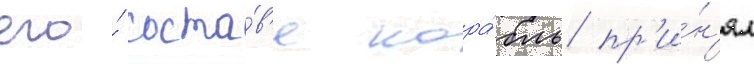
его́ соста́в'е кора́бль пр'и́н'ял